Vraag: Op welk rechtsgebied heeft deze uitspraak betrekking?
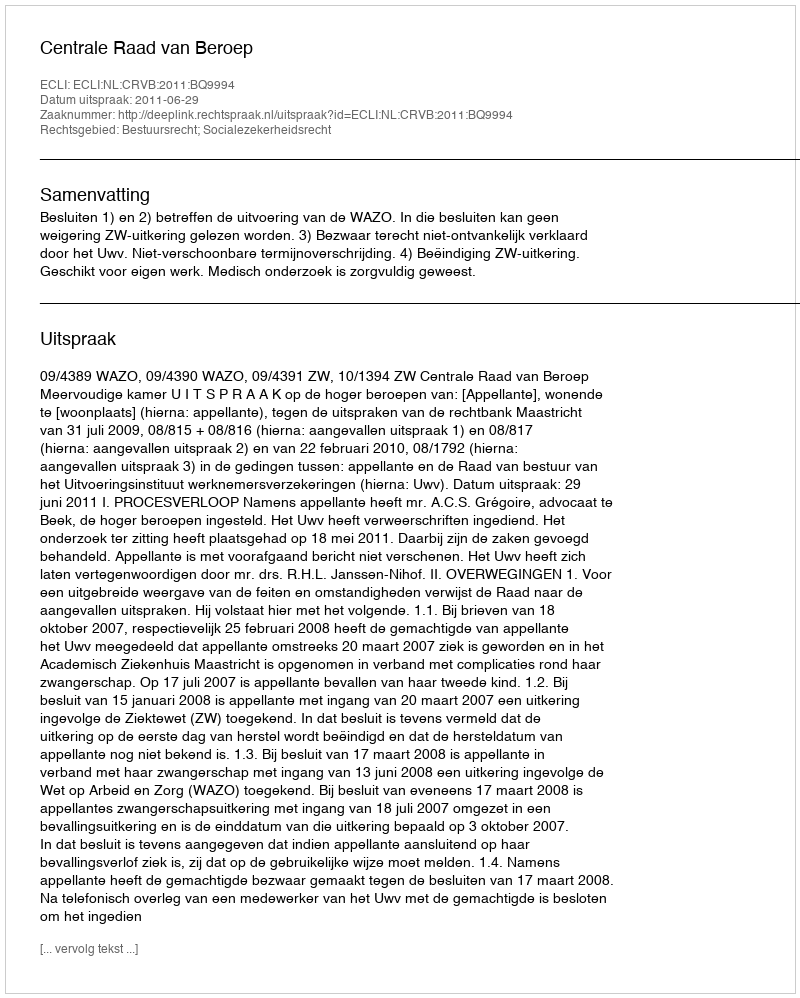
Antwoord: Bestuursrecht; Socialezekerheidsrecht